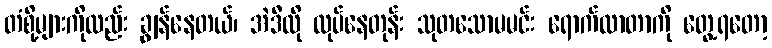
တံစို့များကိုလည်း ချွန်နေတယ်၊ အဲဒီလို လုပ်နေတုန်း သုတသောမမင်း ရောက်လာတာကို တွေ့ရတော့